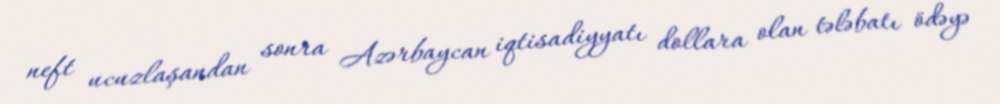
neft ucuzlaşandan sonra Azərbaycan iqtisadiyyatı dollara olan tələbatı ödəyə